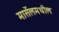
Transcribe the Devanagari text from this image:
मार्सेलमधील